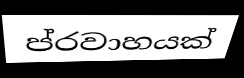
ප්රවාහයක්